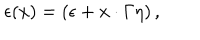
\epsilon ( x ) = ( \epsilon + x \cdot \Gamma \eta ) \, ,